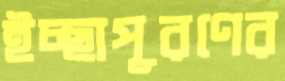
ইচ্ছাপূরণের